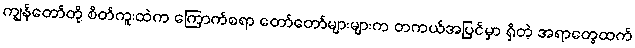
ကျွန်တော်တို့ စိတ်ကူးထဲက ကြောက်စရာ တော်တော်များများက တကယ်အပြင်မှာ ရှိတဲ့ အရာတွေထက်